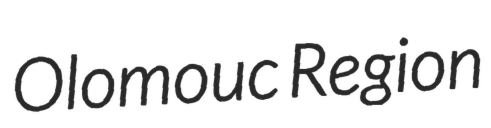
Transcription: Olomouc Region